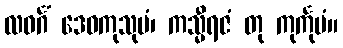
လဝင်္ဂံ ဒေဝကုသုမံ၊ ကသ္မီရဇံ တု ကုင်္ကုမံ။